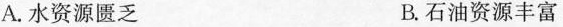
A.水资源匮乏 B.石油资源丰富